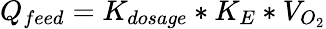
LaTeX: Q_{feed}=K_{dosage}*K_{E}*V_{O_{2}}